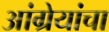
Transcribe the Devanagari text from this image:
आंग्रेयांचा